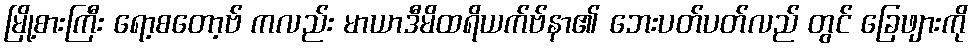
မြို့စားကြီး ရော့စတော့ဗ် ကလည်း မာယာဒီမိထရိယက်ဗ်နာ၏ ဘေးပတ်ပတ်လည် တွင် ခြေဖျားကို